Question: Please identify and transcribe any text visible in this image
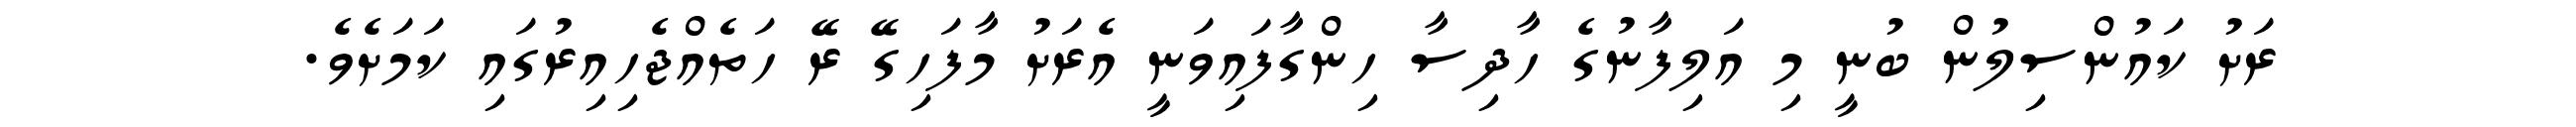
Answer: ރަށު ކައުންސިލުން ބުނީ މި އަލިފާނުގެ ހާދިސާ ހިންގާފައިވަނީ އެރަށު މާފަހިގޭ ރޭ ހަތެއްޖެހިއިރުގައި ކަމަށެވެ.